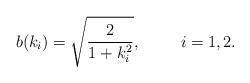
LaTeX: \begin{align*}b(k_i)=\sqrt{2\over 1+k^2_i},\hspace{1cm} i=1,2.\end{align*}